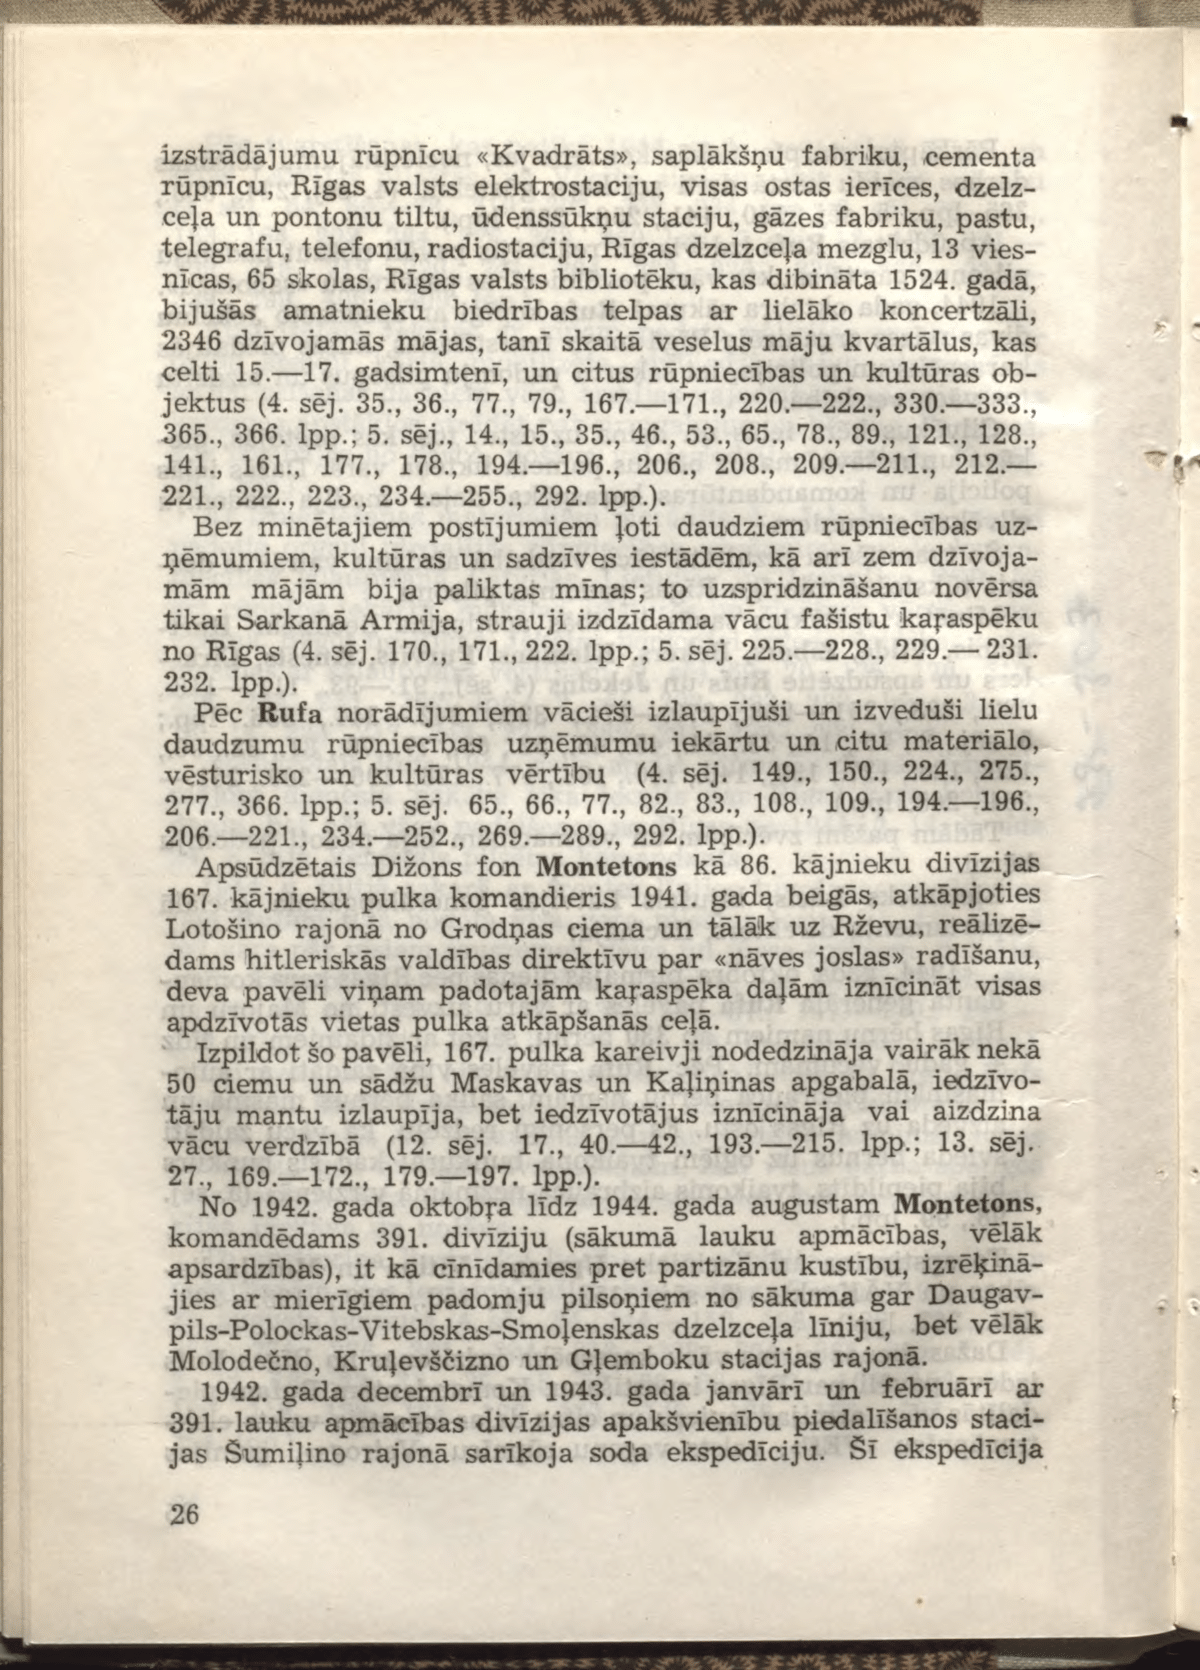
Language: lv